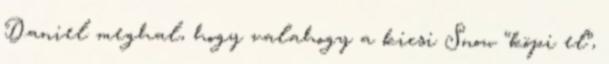
Daniel meghal, hogy valahogy a kicsi Snow “köpi el”,